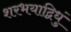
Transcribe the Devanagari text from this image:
शरभयाद्विधुं